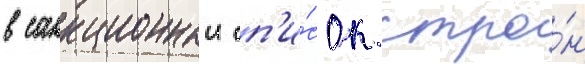
в санкционныи сп'и́сок стра́н